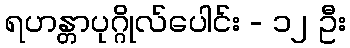
ရဟန္တာပုဂ္ဂိုလ်ပေါင်း - ၁၂ ဦး